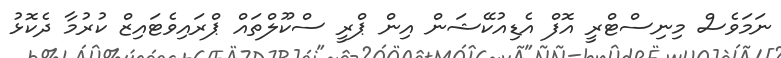
ނަމަވެސް މިނިސްޓްރީ އޮފް އެޑިއުކޭޝަން އިން ޕްރީ ސްކޫލްތައް ޕްރައިވެޓައިޒް ކުރުމާ ދެކޮޅު